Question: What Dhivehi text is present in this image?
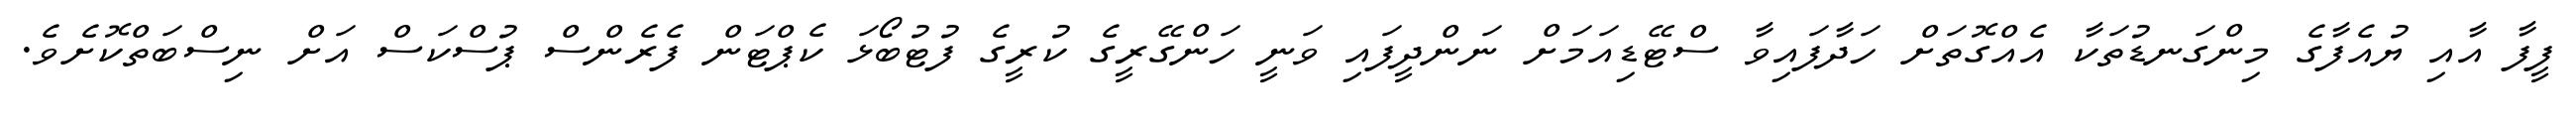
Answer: ފީފާ އާއި ޔުއެފާގެ މިންގަނޑުތަކާ އެއްގޮތަށް ހަދާފައިވާ ސްޓޭޑިއަމަށް ނަންދީފައި ވަނީ ހަންގޭރީގެ ކުރީގެ ފުޓުބޯޅަ ކެޕްޓަން ފެރެންސް ޕުސްކަސް އަށް ނިސްބަތްކޮށެވެ.